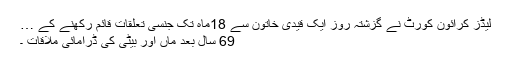
لیڈز کرائون کورٹ نے گزشتہ روز ایک قیدی خاتون سے 18ماہ تک جنسی تعلقات قائم رکھنے کے …
69 سال بعد ماں اور بیٹی کی ڈرامائی ملاقات ۔